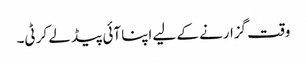
وقت گزارنے کے لیے اپنا آئی پیڈ لے کر ٹی۔